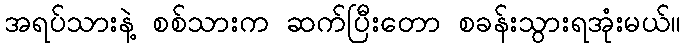
အရပ်သားနဲ့ စစ်သားက ဆက်ပြီးတော စခန်းသွားရအုံးမယ်။